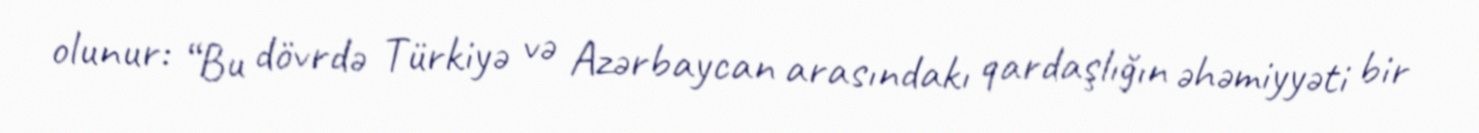
olunur: “Bu dövrdə Türkiyə və Azərbaycan arasındakı qardaşlığın əhəmiyyəti bir